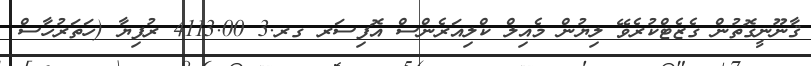
ޤާނޫނީގޮތުން ގެޒެޓްކުރެވޭ ލިޔުން މެއިލް ކްލިއަރެންސް އޮފިސަރ ގރ.3 4113.00 ރުފިޔާ (ހަތަރުހާސް